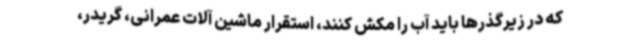
که در زیرگذرها باید آب را مکش کنند، استقرار ماشین آلات عمرانی، گریدر،